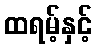
ထရမ့်နှင့်